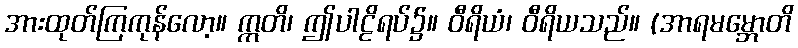
အားထုတ်ကြကုန်လော့။ ဣတိ၊ ဤပါဠိရပ်၌။ ဝီရိယံ၊ ဝီရိယသည်။ (အာရမမ္ဘောတိ